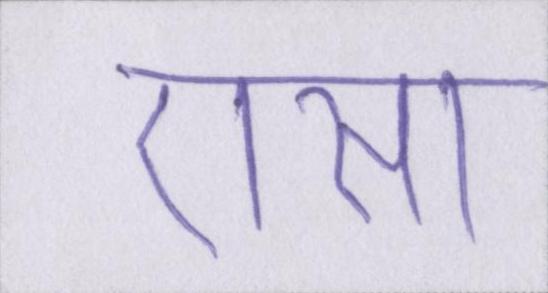
एसा